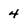
Character: 4